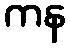
ကန